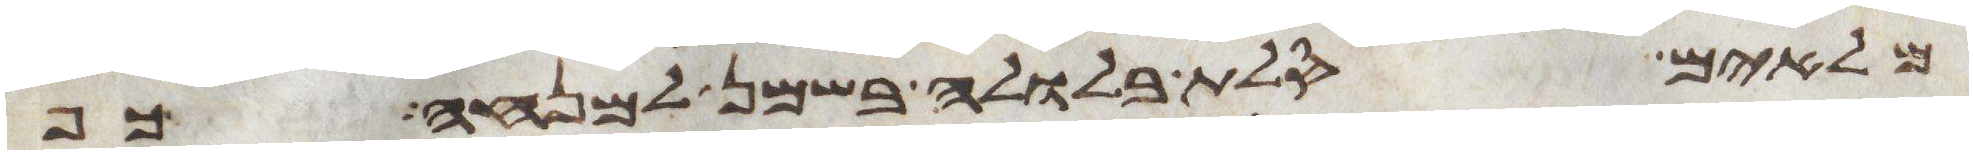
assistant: מלאים סלת בלולה בשמן למנחה כף